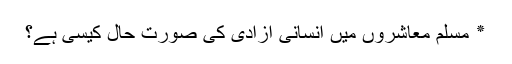
٭ مسلم معاشروں میں انسانی آزادی کی صورتِ حال کیسی ہے؟